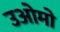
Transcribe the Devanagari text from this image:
उओमो